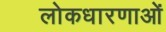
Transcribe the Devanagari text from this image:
लोकधारणाओं